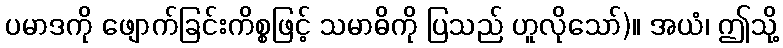
ပမာဒကို ဖျောက်ခြင်းကိစ္စဖြင့် သမာဓိကို ပြသည် ဟူလိုသော်)။ အယံ၊ ဤသို့